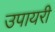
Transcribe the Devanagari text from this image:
उपायरी